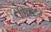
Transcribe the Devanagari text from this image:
मि्स्टर